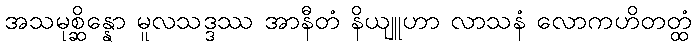
အသမုစ္ဆိန္နော မူလသဒ္ဒဿ အာနီတံ နိယျူဟာ လာသနံ လောကဟိတတ္ထံ